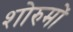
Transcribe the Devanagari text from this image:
शोरुमों